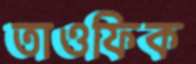
তাওফিক